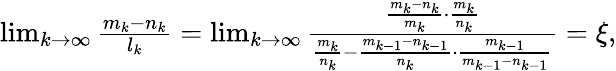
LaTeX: \begin{array}{r}{\operatorname*{lim}_{k\to\infty}\frac{m_{k}-n_{k}}{l_{k}}=\operatorname*{lim}_{k\to\infty}\frac{\frac{m_{k}-n_{k}}{m_{k}}\cdot\frac{m_{k}}{n_{k}}}{\frac{m_{k}}{n_{k}}-\frac{m_{k-1}-n_{k-1}}{n_{k}}\cdot\frac{m_{k-1}}{m_{k-1}-n_{k-1}}}=\xi,}\end{array}